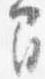
間